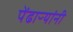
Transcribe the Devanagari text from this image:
पेंढाऱ्यांनी